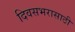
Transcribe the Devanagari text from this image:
दिवसभरासाठी